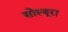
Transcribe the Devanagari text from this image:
सोस्यूरा